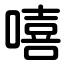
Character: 嘻